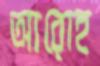
আরোহ